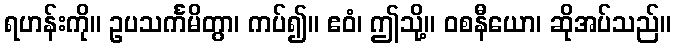
ရဟန်းကို။ ဥပသင်္ကမိတွာ၊ ကပ်၍။ ဧဝံ၊ ဤသို့။ ဝစနီယော၊ ဆိုအပ်သည်။